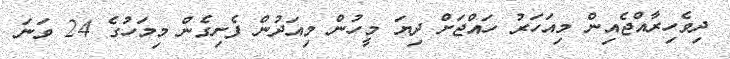
ދިވެހިރާއްޖެއިން މިއަހަަރު ހައްޖަށް ދިޔަ މީހުން މިއަދުން ފެށިގެން މިމަހުގެ 24 ވަނަ